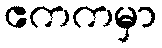
ဧကကမှာ